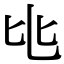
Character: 𬼚